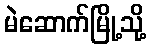
မဲဆောက်မြို့သို့